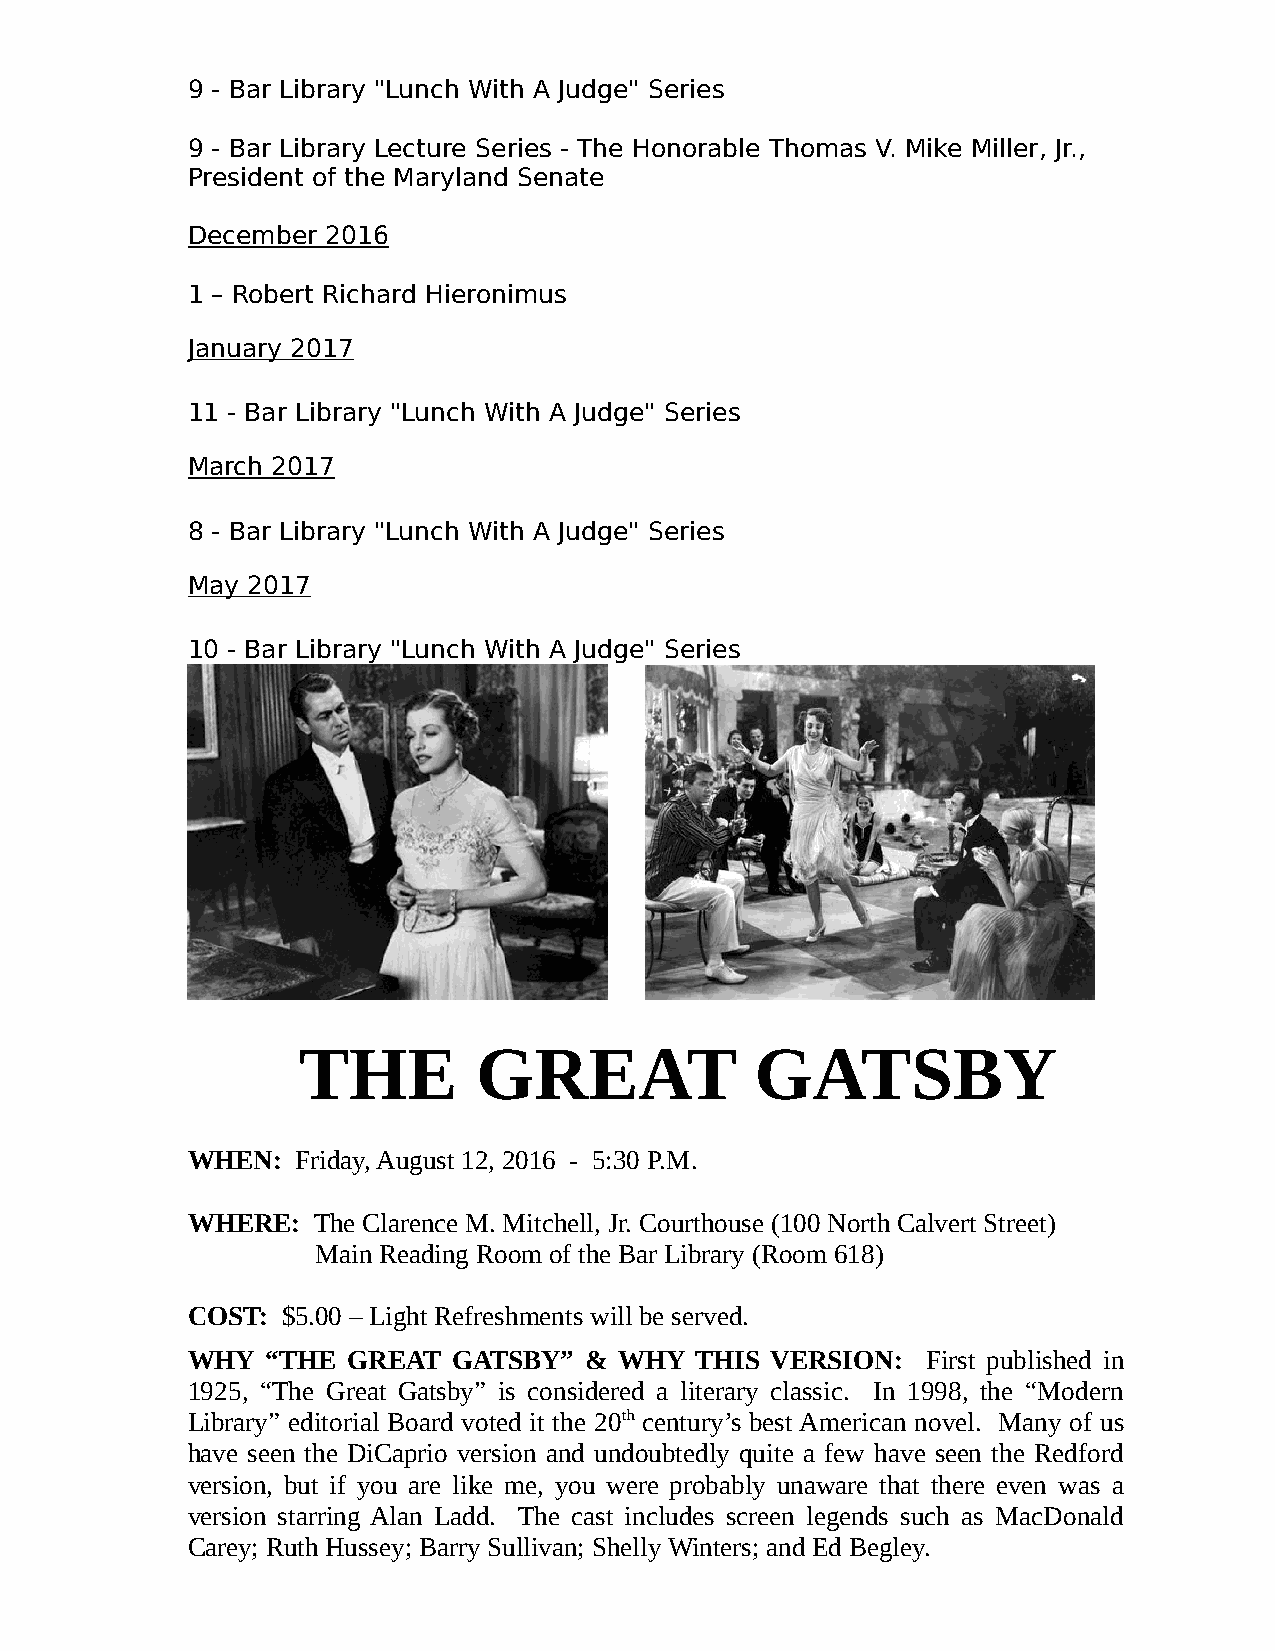
9 - Bar Library "Lunch With A Judge" Series
 9 - Bar Library Lecture Series - The Honorable Thomas V. Mike Miller, Jr.,
 President of the Maryland Senate
 December  2016
 1 – Robert Richard Hieronimus
 January 2017
 11 - Bar Library "Lunch With A Judge" Series
 March 2017
 8 - Bar Library "Lunch With A Judge" Series
 May 2017
 10 - Bar Library "Lunch With A Judge" Series
 THE         GREAT             GATSBY
 WHEN:   Friday, August 12, 2016 - 5:30 P.M.
 WHERE:   The Clarence M. Mitchell, Jr. Courthouse (100 North Calvert Street)
 Main Reading Room of the Bar Library (Room 618)
 COST:  $5.00 – Light Refreshments will be served.
 WHY   “THE GREAT  GATSBY”  & WHY  THIS VERSION:  First published in
 1925, “The Great Gatsby” is considered a literary classic. In 1998, the “Modern
 Library” editorial Board voted it the 20th century’s best American novel. Many of us
 have seen the DiCaprio version and undoubtedly quite a few have seen the Redford
 version, but if you are like me, you were probably unaware that there even was a
 version starring Alan Ladd. The cast includes screen legends such as MacDonald
 Carey; Ruth Hussey; Barry Sullivan; Shelly Winters; and Ed Begley.